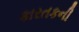
કારતકની